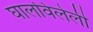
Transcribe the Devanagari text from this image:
घालविलेली